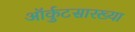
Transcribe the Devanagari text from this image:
ऑर्कुटसारख्या